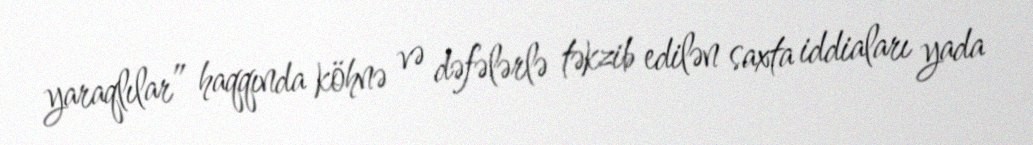
yaraqlılar” haqqında köhnə və dəfələrlə təkzib edilən saxta iddiaları yada